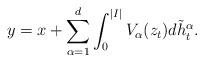
LaTeX: \begin{align*}y=x+\sum_{\alpha=1}^{d}\int_{0}^{|I|}V_{\alpha}(z_{t})d\tilde{h}_{t}^{\alpha}.\end{align*}